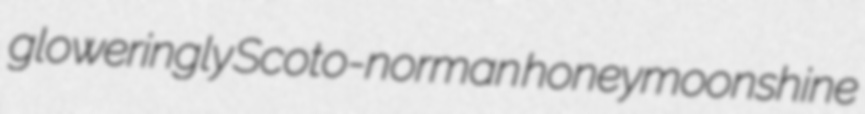
gloweringly Scoto-norman honeymoonshine